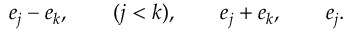
e _ { j } - e _ { k } , \qquad ( j < k ) , \qquad e _ { j } + e _ { k } , \qquad e _ { j } .